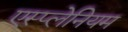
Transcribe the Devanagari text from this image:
एस्प्लेनियम